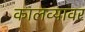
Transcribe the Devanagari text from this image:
कालव्यावर